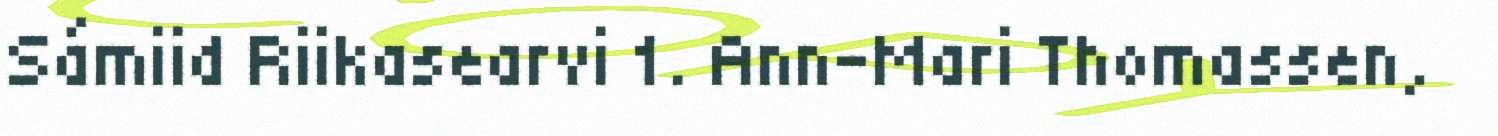
Sámiid Riikasearvi 1. Ann-Mari Thomassen,